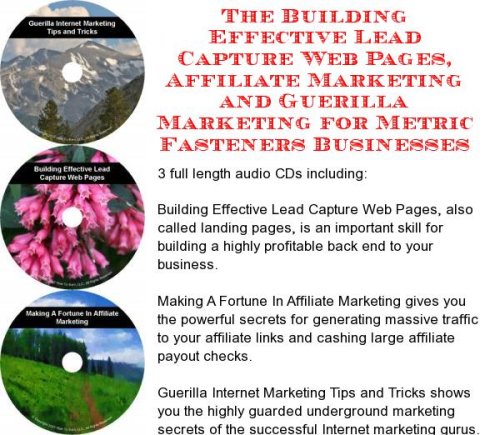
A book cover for The Guerilla Marketing, Building Effective Lead Capture Web Pages, Affiliate Marketing for Metric Fasteners Businesses; J Bowman J Orr; Computers & Technology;